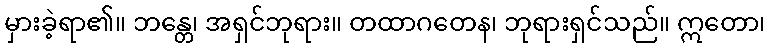
မှားခဲ့ရာ၏။ ဘန္တေ၊ အရှင်ဘုရား။ တထာဂတေန၊ ဘုရားရှင်သည်။ ဣတော၊